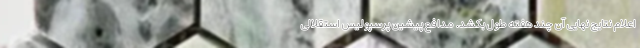
اعلام نتایج نهایی آن چند هفته طول بکشد. مدافع پیشین پرسپولیس استقلالی